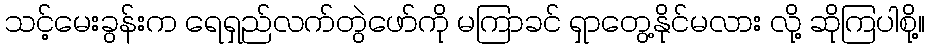
သင့်မေးခွန်းက ရေရှည်လက်တွဲဖော်ကို မကြာခင် ရှာတွေ့နိုင်မလား လို့ ဆိုကြပါစို့။